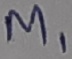
Text: M1